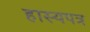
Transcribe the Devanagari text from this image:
हास्यपत्र